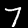
Digit: 7